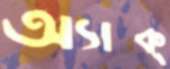
অ্যাক্